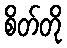
စိတ်တို